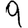
Digit: 9